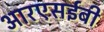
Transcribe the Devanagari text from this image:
आरएसईबी